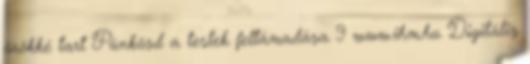
örökké tart Pünkösd a testek feltámadása 9 www.ihm.hu Digitális